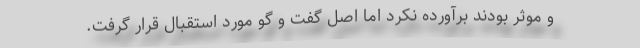
و موثر بودند برآورده نکرد اما اصل گفت و گو مورد استقبال قرار گرفت.